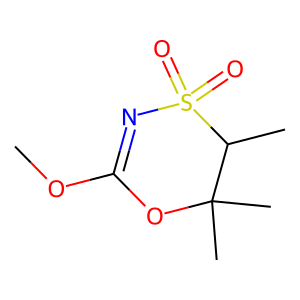
SMILES: COC1=NS(=O)(=O)C(C)C(C)(C)O1
Inhibits HIV replication: No